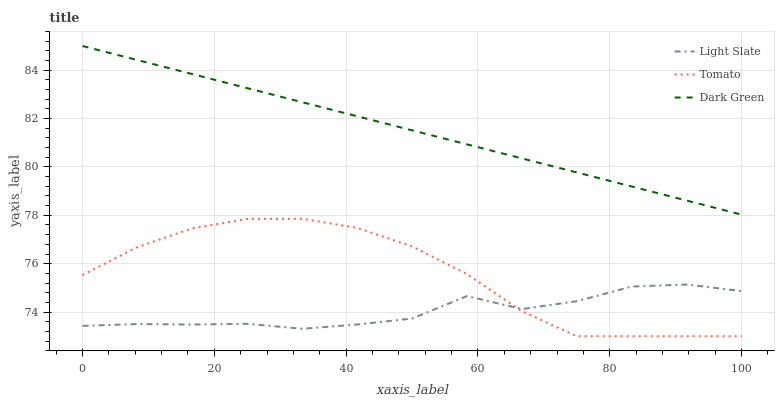
| xaxis_label | Light Slate | Tomato | Dark Green |
 | --- | --- | --- | --- |
 | 0 | 73.4 | 75.5 | 85 |
 | 8.33 | 73.5 | 76.7 | 84.4 |
 | 16.7 | 73.5 | 77.5 | 83.8 |
 | 25 | 73.5 | 77.9 | 83.3 |
 | 33.3 | 73.3 | 77.9 | 82.7 |
 | 41.7 | 73.5 | 77.5 | 82.1 |
 | 50 | 73.7 | 76.7 | 81.5 |
 | 58.3 | 74.7 | 75.6 | 80.9 |
 | 66.7 | 74.1 | 74 | 80.4 |
 | 75 | 74.4 | 73 | 79.8 |
 | 83.3 | 75.1 | 73 | 79.2 |
 | 91.7 | 75.1 | 73 | 78.6 |
 | 100 | 74.9 | 73 | 78 |